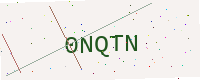
Text: 0NQTN